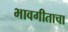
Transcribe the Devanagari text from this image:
भावगीताचा